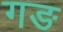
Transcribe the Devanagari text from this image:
गङ